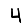
Digit: 4